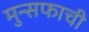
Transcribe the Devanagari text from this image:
मुन्सफाची